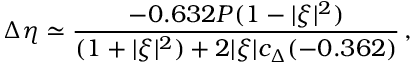
\Delta \eta \simeq { \frac { - 0 . 6 3 2 P ( 1 - | \xi | ^ { 2 } ) } { ( 1 + | \xi | ^ { 2 } ) + 2 | \xi | c _ { \Delta } ( - 0 . 3 6 2 ) } } \, ,